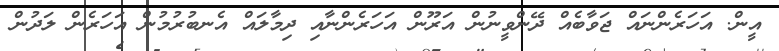
އީން. އަހަރެންނައް ޖަވާބެއް ދޭންވީނުން އަރޫން އަހަރެންނާއި ދިމާލައް އެނބުރުމުން އަހަރެން ލަދުން